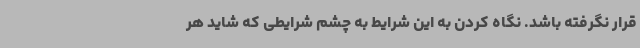
قرار نگرفته باشد. نگاه کردن به این شرایط به چشم شرایطی که شاید هر